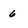
Character: 6